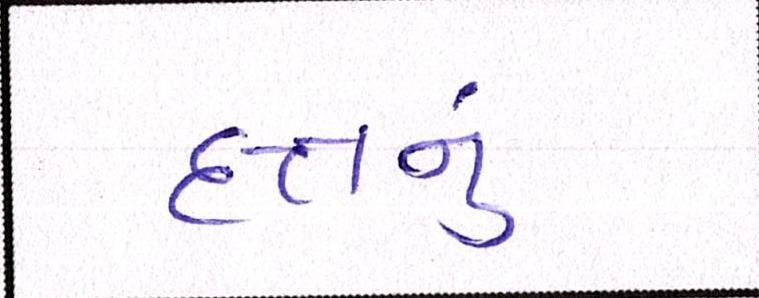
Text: દત્તનું